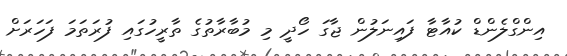
އިންގްލެންޑް ކުއާޓާ ފައިނަލުން ޖާގަ ހޯދީ މި މުބާރާތުގެ ތާރީހުގައި ފުރަތަމަ ފަހަރަށް